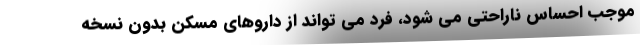
موجب احساس ناراحتی می شود، فرد می تواند از داروهای مسکن بدون نسخه